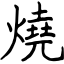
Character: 燒